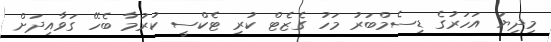
މިދިޔަ އަހަރުގެ ޑިސެމްބަރު މަހު ގެޒެޓް ކުރި ޓެކްސީ ކުރުމާ ބެހޭ ގަވާއިދަށް